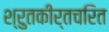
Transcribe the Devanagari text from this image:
श्रुतकीर्तचरित